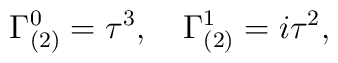
\Gamma_{(2)}^{0}=\tau^3,\quad \Gamma_{(2)}^{1}=i\tau^2,